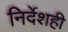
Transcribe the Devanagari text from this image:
निर्देशही